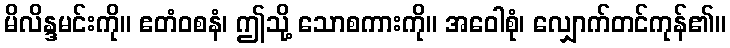
မိလိန္ဒမင်းကို။ ဧတံဝစနံ၊ ဤသို့ သောစကားကို။ အဝေါစုံ၊ လျှောက်တင်ကုန်၏။